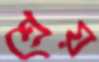
শ্রেয়